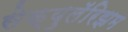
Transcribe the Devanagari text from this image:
सेक्युलॅरिझम